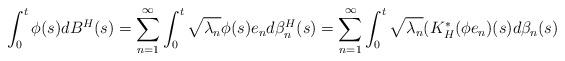
LaTeX: \begin{align*}\int_0^t\phi(s)dB^H(s)=\sum_{n=1}^{\infty}\int_0^t\sqrt{\lambda_n}\phi(s)e_nd\beta^H_n(s)=\sum_{n=1}^{\infty}\int_0^t\sqrt{\lambda_n}(K_H^*(\phi e_n)(s)d\beta_n(s)\end{align*}